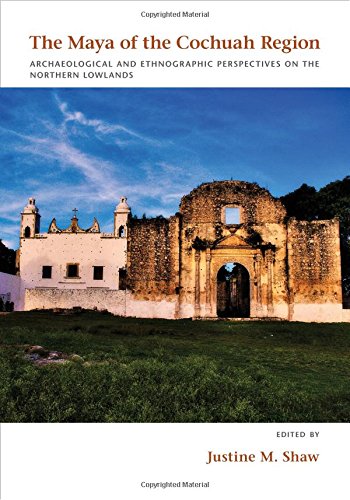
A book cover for The Maya of the Cochuah Region: Archaeological and Ethnographic Perspectives on the Northern Lowlands; History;